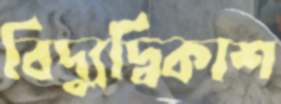
বিদ্যুদ্বিকাশ